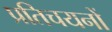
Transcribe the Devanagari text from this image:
प्रतिचयनों